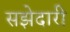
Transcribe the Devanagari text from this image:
सझेदारी